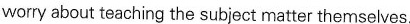
worry about teaching the subject matter themselves.